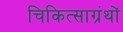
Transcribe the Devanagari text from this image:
चिकित्साग्रंथों